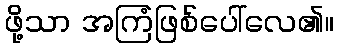
ဖို့သာ အကြံဖြစ်ပေါ်လေ၏။